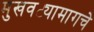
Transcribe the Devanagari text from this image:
मुखवट्यामागचे